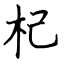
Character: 杞